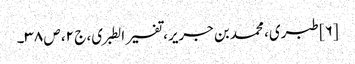
[۶] طبری، محمد بن جریر، تفسیر الطبری، ج ۲، ص ۳۸۔